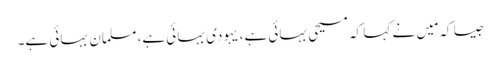
جیسا کہ مَیں نے کہا کہ مسیحی بہائی ہے، یہودی بہائی ہے، مسلمان بہائی ہے۔